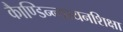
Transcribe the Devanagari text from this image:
काैण्डिन्न्यायनशिक्षा